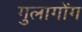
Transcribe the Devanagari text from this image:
गुलागोंग